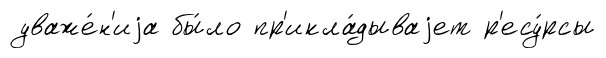
уваже́н'иjа бы́ло пр'икла́дываjет р'есу́рсы